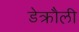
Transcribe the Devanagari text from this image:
डेक्रौली